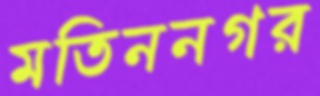
মতিননগর